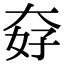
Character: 𡘏